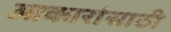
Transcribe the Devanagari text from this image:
आकारांसाठी